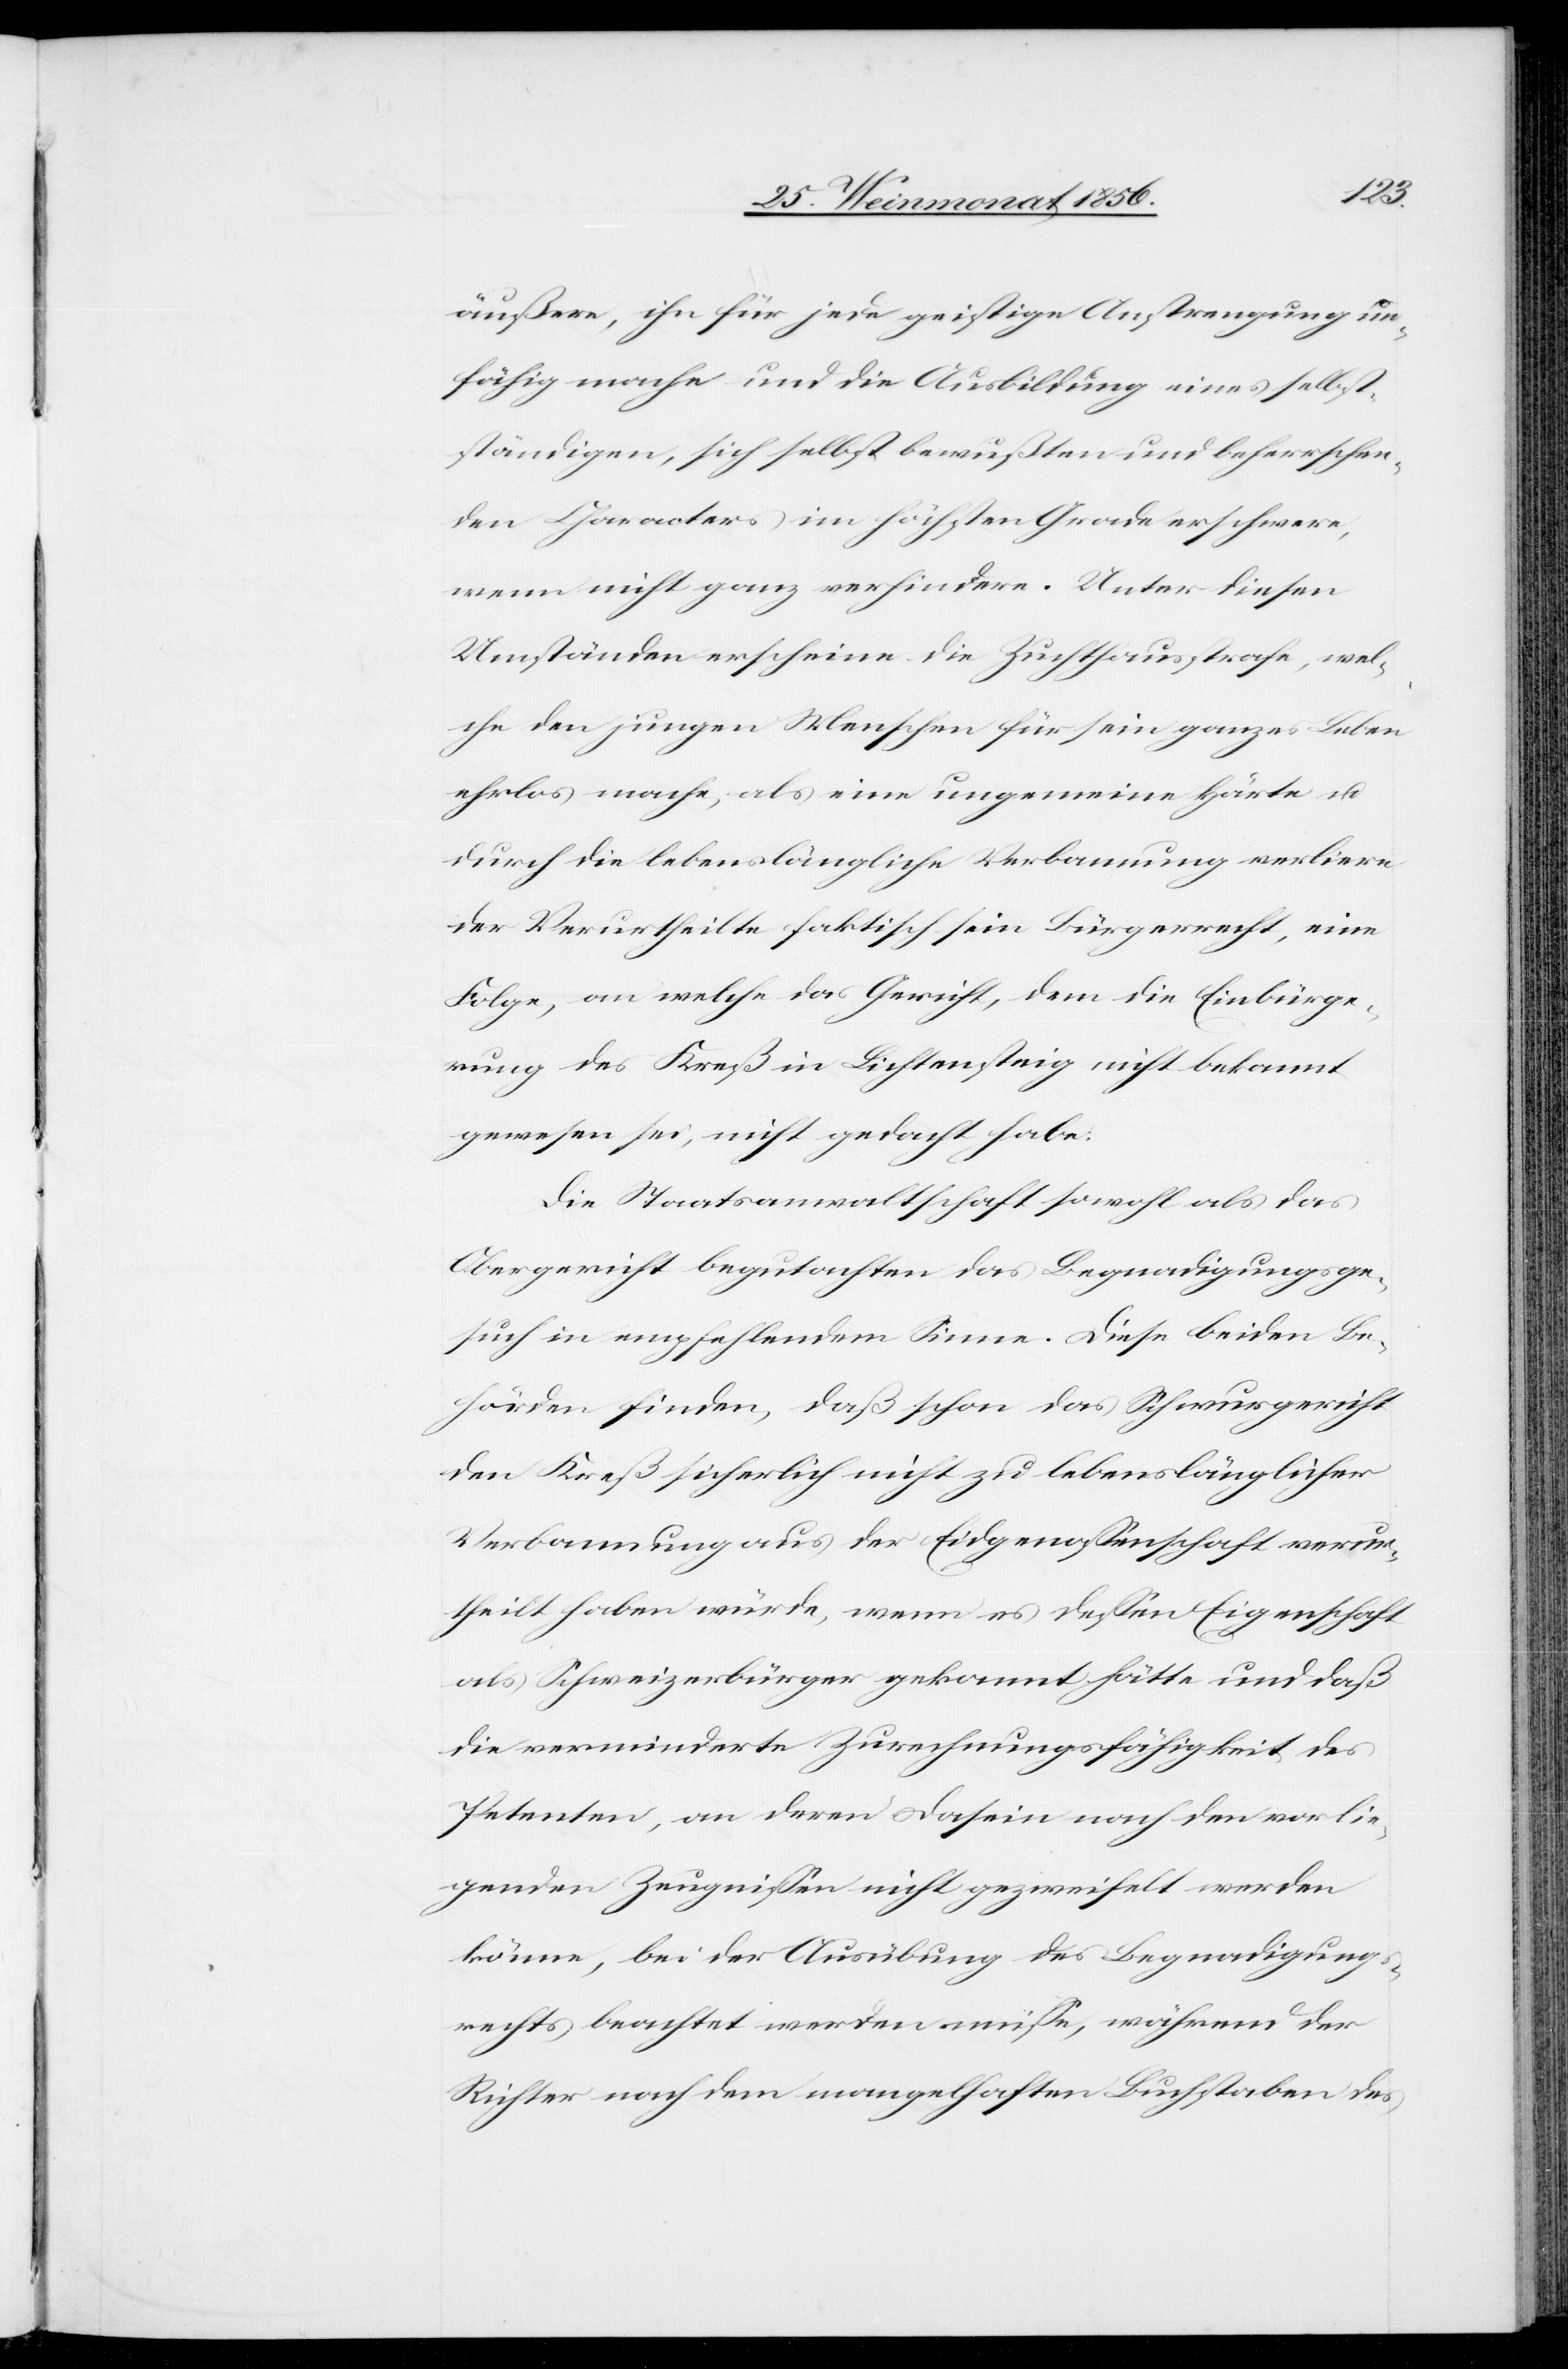
äußern, ihn für jede geistige Anstrengung un¬
fähig mache und die Ausbildung eines selbst¬
ständigen, sich selbst bewußten und beherrschen¬
den Characters im höchsten Grade erschwere,
wenn nicht ganz verhindere. Unter diesen
Umständen erscheine die Zuchthausstrafe, wel¬
che den jungen Menschen für sein ganzes Leben
ehrlos mache, als eine ungemeine Härte u.
durch die lebenslängliche Verbannung verliere
der Verurtheilte faktisch sein Bürgerrecht, eine
Folge, an welche das Gericht, dem die Einbürge¬
rung des Kreß in Lichtensteig nicht bekannt
gewesen sei, nicht gedacht habe:
Die Staatsanwaltschaft sowohl als das
Obergericht begutachten das Begnadigungsge¬
such in empfehlendem Sinne. Diese beiden Be¬
hörden finden, daß schon das Schwurgericht
den Kreß sicherlich nicht zu lebenslänglicher
Verbannung aus der Eidgenossenschaft verur¬
theilt haben würde, wenn es dessen Eigenschaft
als Schweizerbürger gekannt hätte und daß
die verminderte Zurechnungsfähigkeit des
Petenten, an deren Dasein nach den vorlie¬
genden Zeugnissen nicht gezweifelt werden
könne, bei der Ausübung des Begnadigung¬
srechts beachtet werden müsse, während der
Richter nach dem mangelhaften Buchstaben des